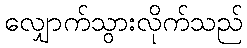
လျှောက်သွားလိုက်သည်